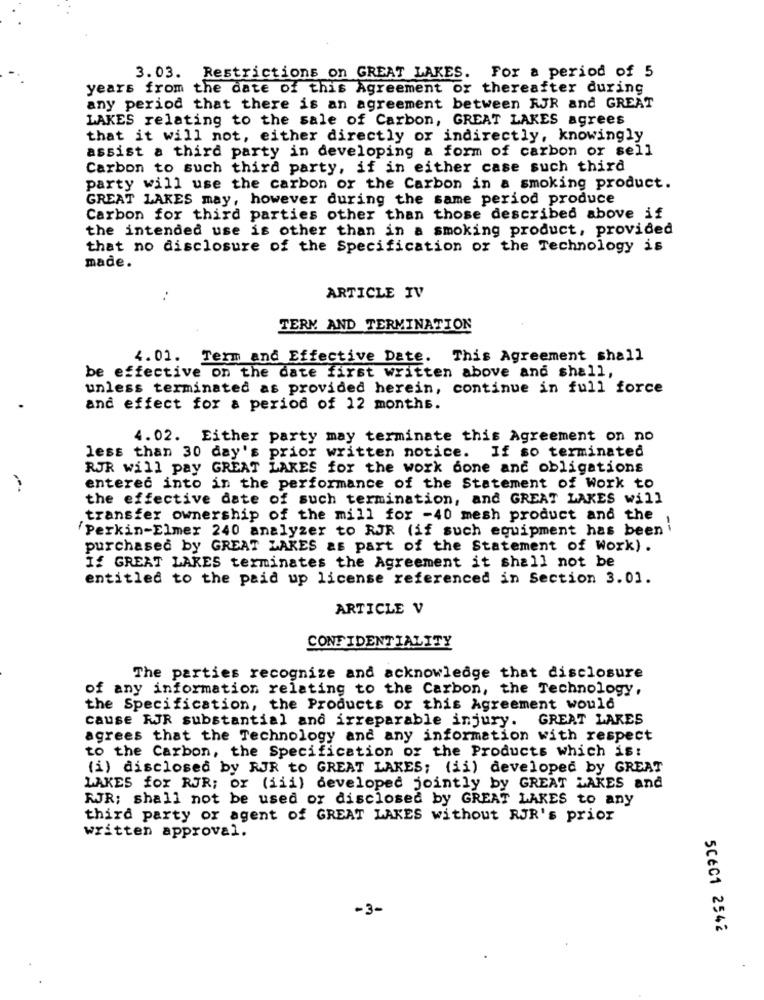
3.03. Restrictions on GREAT LAKES. For a period of 5
years from the date of this Agreement or thereafter during
any period that there is an agreement between RJR and GREAT
LAKES relating to the sale of Carbon, GREAT LAKES agrees
that it will not, either directly or indirectly, knowingly
assist a third party in developing a form of carbon or sell
Carbon to such third party, if in either case such third
party will use the carbon or the Carbon in a smoking product.
GREAT LAKES may, however during the same period produce
Carbon for third parties other than those described above if
the intended use is other than in a smoking product, provided
that no disclosure of the Specification or the Technology is
made.
ARTICLE IV
TERM AND TERMINATION
4. 01. Term and Effective Date. This Agreement shall
be effective on the date first written above and shall,
unless terminated as provided herein, continue in full force
and effect for a period of 12 months.
4.02. Either party may terminate this Agreement on no
less than 30 day's prior written notice. If so terminated
RJR will pay GREAT LAKES for the work done and obligations
entered into in the performance of the Statement of Work to
the effective date of such termination, and GREAT LAKES will
transfer ownership of the mill for -40 mesh product and the
!
Perkin-Elmer 240 analyzer to RJR (if such equipment has been
purchased by GREAT LAKES as part of the Statement of work) .
If GREAT LAKES terminates the Agreement it shall not be
entitled to the paid up license referenced in Section 3.01.
ARTICLE V
CONFIDENTIALITY
The parties recognize and acknowledge that disclosure
of any information relating to the Carbon, the Technology,
the Specification, the Products or this Agreement would
cause RJR substantial and irreparable injury. GREAT LAKES
agrees that the Technology and any information with respect
to the Carbon, the Specification of the Products which is:
(i) disclosed by RJR to GREAT LAKES; (ii) developed by GREAT
LAKES for RJR; or (iii) developed jointly by GREAT LAKES and
RJR; shall not be used or disclosed by GREAT LAKES to any
third party or agent of GREAT LAKES without RJR's prior
written approval.
-3-
5CéC1 2542